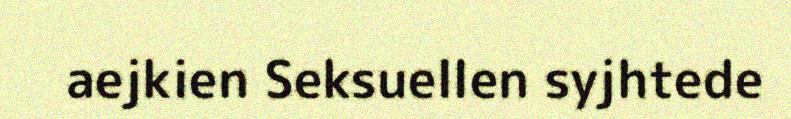
aejkien Seksuellen syjhtede